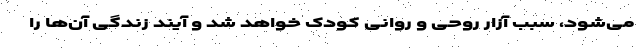
می‌شود، سبب آزار روحی و روانی کودک خواهد شد و آیند زندگی آن‌ها را